system: You are a helpful assistant.
user:
Analyze the provided spectrum to determine if it is a **"Cataclysmic Variables (CV)"**.

- **Key Indicators for CV (Check for either state):**
    - **State 1: Quiescent / Low-State (Emission-Dominated)**
        - **(Primary):** Strong and *very broad* Hydrogen Balmer emission lines (e.g., $H\alpha$ at 6563 Å, $H\beta$ at 4861 Å). The 'broadness' (high velocity dispersion, often FWHM > 1000 km/s) is the key diagnostic, indicating a high-velocity accretion disk.
        - **(Secondary):** Broad neutral Helium (He I) emission lines (e.g., 5876 Å, 6678 Å).
        - **(Key Confirmation):** Presence of high-excitation *ionized* Helium (He II) emission at 4686 Å. This is a strong indicator of accretion onto a white dwarf.
        - **(Line Profile):** Emission lines may exhibit a 'double-peaked' profile, which is a classic signature of a rotating accretion disk viewed at high inclination.

    - **State 2: Outburst / High-State (Absorption-Dominated)**
        - **(Primary):** Spectrum is dominated by a bright, blue continuum (looks like a hot star).
        - **(Secondary):** The emission lines from State 1 are weak, absent, or 'filled in', and are replaced by broad, shallow *absorption* lines (primarily Balmer and He I).
        - **(Morphology):** The overall spectrum mimics a hot B/A-type star. The crucial difference is that the absorption lines are significantly broader, shallower, and more 'washed-out' (or 'smeared') than the sharp lines of a normal stellar photosphere, due to high rotational speeds and pressure broadening in the disk.

Think first, call **spectral_visualization_tool** if needed to examine features in detail, then provide your final answer. Your response must adhere to the following strict rules:
1.  **Overall Structure:** Your response must follow the format `<think>...</think> <tool_call>...</tool_call> (if a tool is used) <answer>...</answer>`.
2.  **Tool Usage Constraint:** You may only make **one** tool call per turn.
3.  **Final Answer Format:** In the `<answer>` tag, your conclusion must be inside a `\boxed{}` command (e.g., `\boxed{YES}`), followed by your justification.

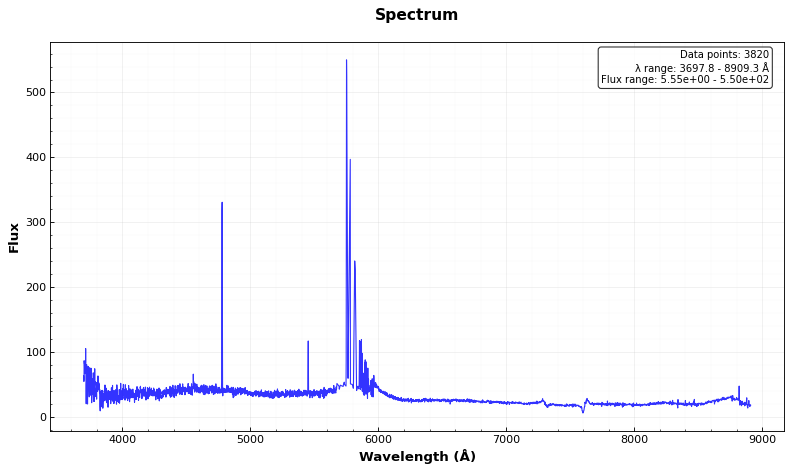
Answer: NO